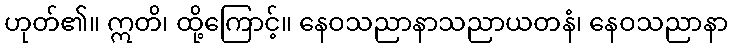
ဟုတ်၏။ ဣတိ၊ ထို့ကြောင့်။ နေဝသညာနာသညာယတနံ၊ နေဝသညာနာ